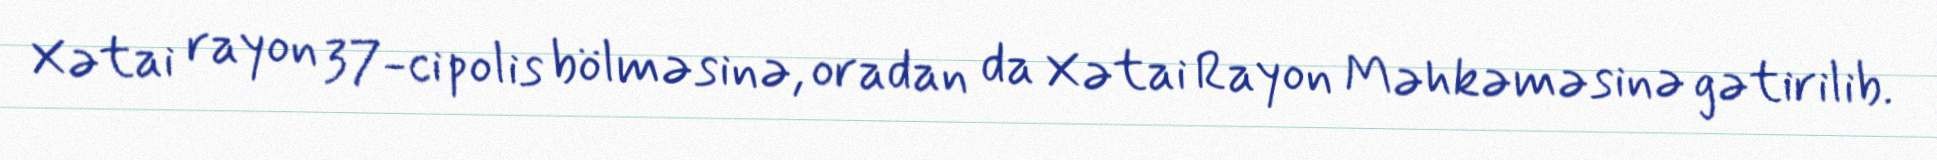
Xətai rayon 37-ci polis bölməsinə, oradan da Xətai Rayon Məhkəməsinə gətirilib.